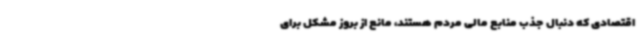
اقتصادی که دنبال جذب منابع مالی مردم هستند، مانع از بروز مشکل برای